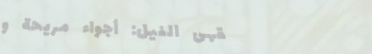
مقهى النيل: أجواء مريحة و